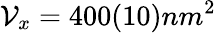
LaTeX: {\cal V}_{x}=400(10)nm^{2}